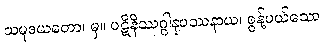
သမုဒယတော၊ မှ။ ပဋိနိဿဂ္ဂါနုပဿနာယ၊ စွန့်ပယ်သော